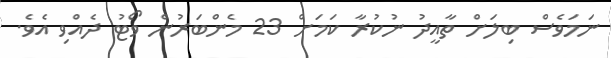
ނަމަވެސް ބިލަށް ތާއީދު ނުކުރާ ކަމަށް 23 މެންބަރުން ވޯޓު ދެއްވި އެވެ.